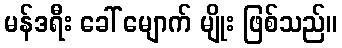
မန်ဒရီး ခေါ် မျောက် မျိုး ဖြစ်သည်။